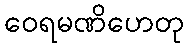
ဝေရမဏိဟေတု